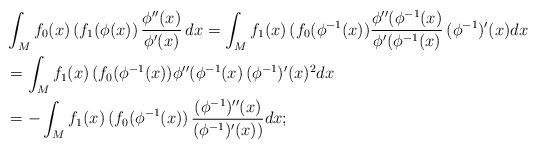
LaTeX: \begin{align*} & \int_M f_0(x) \,(f_1(\phi(x)) \, \frac{\phi''(x)}{\phi'(x)}\, dx = \int_M f_1(x) \,(f_0(\phi^{-1}(x))\frac{\phi''(\phi^{-1}(x)}{\phi'(\phi^{-1}(x)}\, (\phi^{-1})'(x) dx \\&= \int_M f_1(x) \,(f_0(\phi^{-1}(x)) \phi''(\phi^{-1}(x)\, (\phi^{-1})'(x)^2 dx \\&= - \int_M f_1(x) \,(f_0(\phi^{-1}(x)) \, \frac{(\phi^{-1})''(x)}{(\phi^{-1})'(x))} dx ; \end{align*}